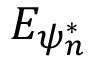
E _ { \psi _ { n } ^ { * } }